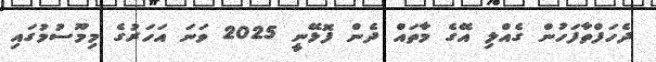
ދެހަފްތާފަހުން ގެއްލި އޭގެ މާތައް ދެން ފޮޅޭނީ 2025 ވަނަ އަހަރުގެ މިމޫސުމުގައި